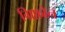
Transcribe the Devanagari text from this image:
ग्रिफ़ोन